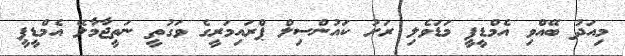
މިއަދު ބޭއްވި އެމްޑީޕީ މަޑަވެލި ރަށު ކައުންސިލް ޕްރައިމަރީގެ ވަގުތީ ނަތީޖާމާލޭ އެމްޑީޕީ